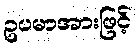
ဥပမာအားဖြင့်